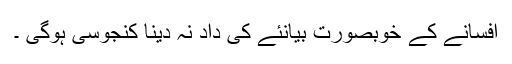
افسانے کے خوبصورت بیانئے کی داد نہ دینا کنجوسی ہوگی ۔